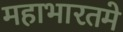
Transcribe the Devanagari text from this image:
महाभारतमे